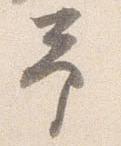
予